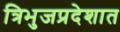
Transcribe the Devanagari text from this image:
त्रिभुजप्रदेशात